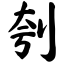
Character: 刳